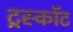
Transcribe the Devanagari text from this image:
ट्रस्कॉट